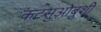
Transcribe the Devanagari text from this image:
कटसुओबुशी